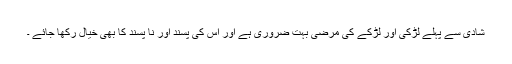
شادی سے پہلے لڑکی اور لڑکے کی مرضی بہت ضروری ہے اور اس کی پسند اور نا پسند کا بھی خیال رکھا جائے ۔